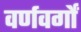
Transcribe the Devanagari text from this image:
वर्णवर्गों